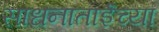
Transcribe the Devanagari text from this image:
साधनाताईंच्या